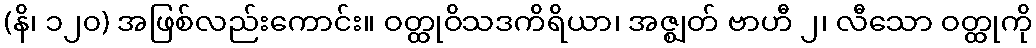
(နိ၊ ၁၂၀) အဖြစ်လည်းကောင်း။ ဝတ္ထုဝိသဒကိရိယာ၊ အဇ္ဈတ် ဗာဟီ ၂၊ လီသော ဝတ္ထုကို